Punjab Mental Hospital Lahore 1932-46 - 1932-1946
Year: 1932
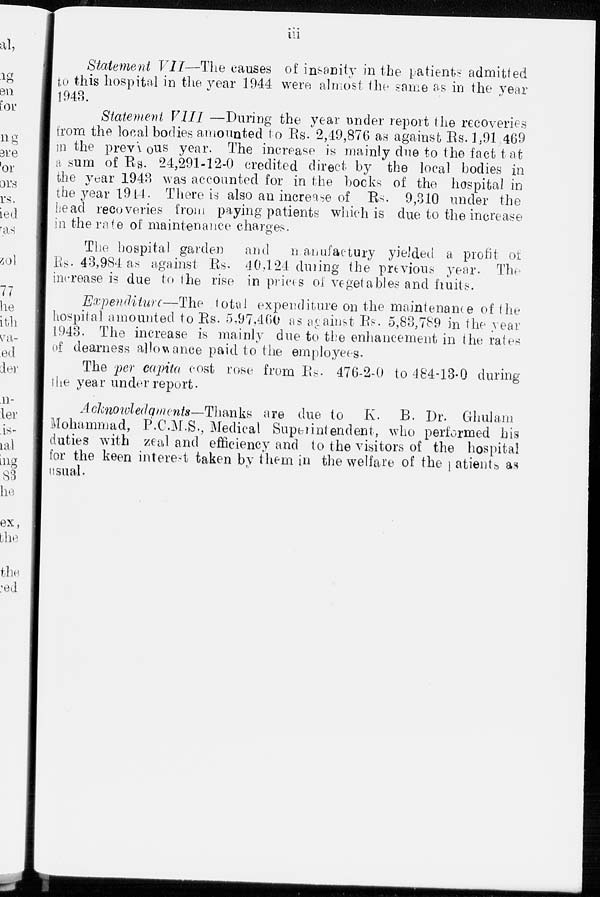
iii
Statement VII—The causes of insanity in the patients admitted
to this hospital in the year 1944 were almost the same as in the year
1943.
Statement VIII —During the year under report the recoveries
from the local bodies amounted to Rs. 2,49,876 as against Rs. 1,91 469
in the previous year. The increase is mainly due to the fact that
a sum of Rs. 24,291-12-0 credited direct by the local bodies in
the year 1943 was accounted for in the books of the hospital in
the year 1944. There is also an increase of Rs. 9,310 under the
head recoveries from paying patients which is due to the increase
in the rate of maintenance charges.
The hospital garden and manufactury yielded a profit of
Rs. 43,984 as against Rs. 40,124 during the previous year. The
increase is due to the rise in prices of vegetables and fruits.
Expenditure—The total expenditure on the maintenance of the
hospital amounted to Rs. 5,97,460 as against Rs. 5,83,789 in the year
1943. The increase is mainly due to the enhancement in the rates
of dearness allowance paid to the employees.
The per capita cost rose from Rs. 476-2-0 to 484-13-0 during
the year under report.
Acknowledgments—Thanks are due to K. B. Dr. Ghulam
Mohammad, P.C.M.S., Medical Superintendent, who performed his
duties with zeal and efficiency and to the visitors of the hospital
for the keen interest taken by them in the welfare of the atients as
usual.